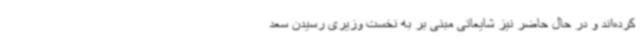
کرده‌اند و در حال حاضر نیز شایعاتی مبنی بر به نخست وزیری رسیدن سعد